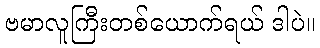
ဗမာလူကြီးတစ်ယောက်ရယ် ဒါပဲ။